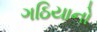
ગઠિયાનો